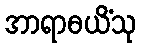
အာရာဓယိံသု